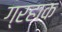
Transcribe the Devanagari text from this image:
ग्रहाक